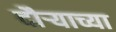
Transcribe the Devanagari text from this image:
दौऱ्याच्या